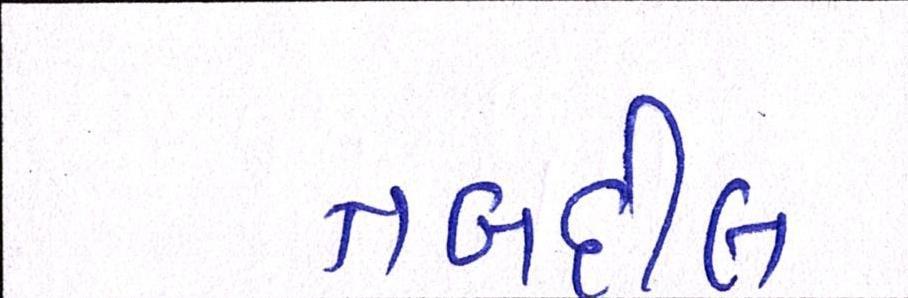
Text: તબદીલ